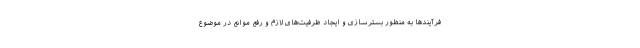
فرآیندها به منظور بسترسازی و ایجاد ظرفیت‌های لازم و رفع موانع در موضوع